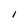
Character: I